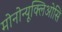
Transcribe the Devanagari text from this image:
मोनोन्यूक्लिओसि